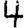
Digit: 4